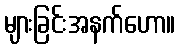
များခြင်းအနက်ဟော။